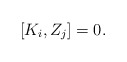
\begin{align*} [K_i,Z_j]=0.\end{align*}